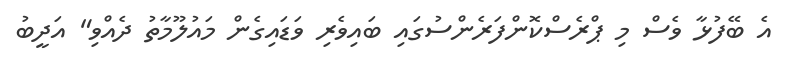
އެ ބޭފުޅާ ވެސް މި ޕްރެސްކޮންފަރެންސުގައި ބައިވެރި ވަޑައިގެން މައުލޫމާތު ދެއްވި" އަދީބު